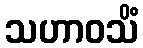
သဟာဝသိံ